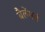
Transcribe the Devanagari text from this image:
बैलेंसर्स